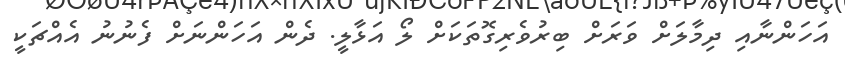
އަހަންނާއި ދިމާލަށް ވަރަށް ބިރުވެރިގޮތަަކަށް ލޯ އަޅާލީ. ދެން އަހަންނަށް ފެނުނު އެއްޗަކީ